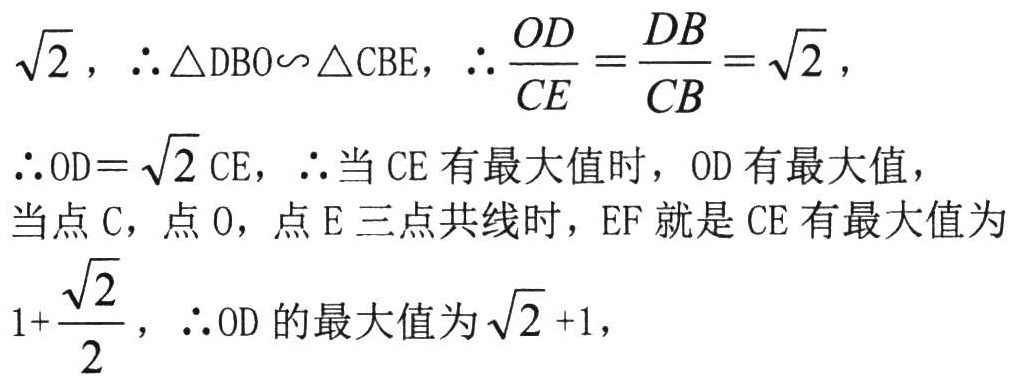
$\sqrt{2},\ \therefore \triangle DBO\backsim\triangle CBE,\ \therefore \frac{OD}{CE}=\frac{DB}{CB}=\sqrt{2},\\

\therefore OD = \sqrt{2}CE,\ \therefore \text{当}CE\text{有最大值时，}OD\text{有最大值，}\\

\text{当点}C，\text{点}O，\text{点}E\text{三点共线时，}EF\text{就是}CE\text{有最大值为}\\

1 + \frac{\sqrt{2}}{2},\ \therefore OD\text{的最大值为}\sqrt{2}+1,$